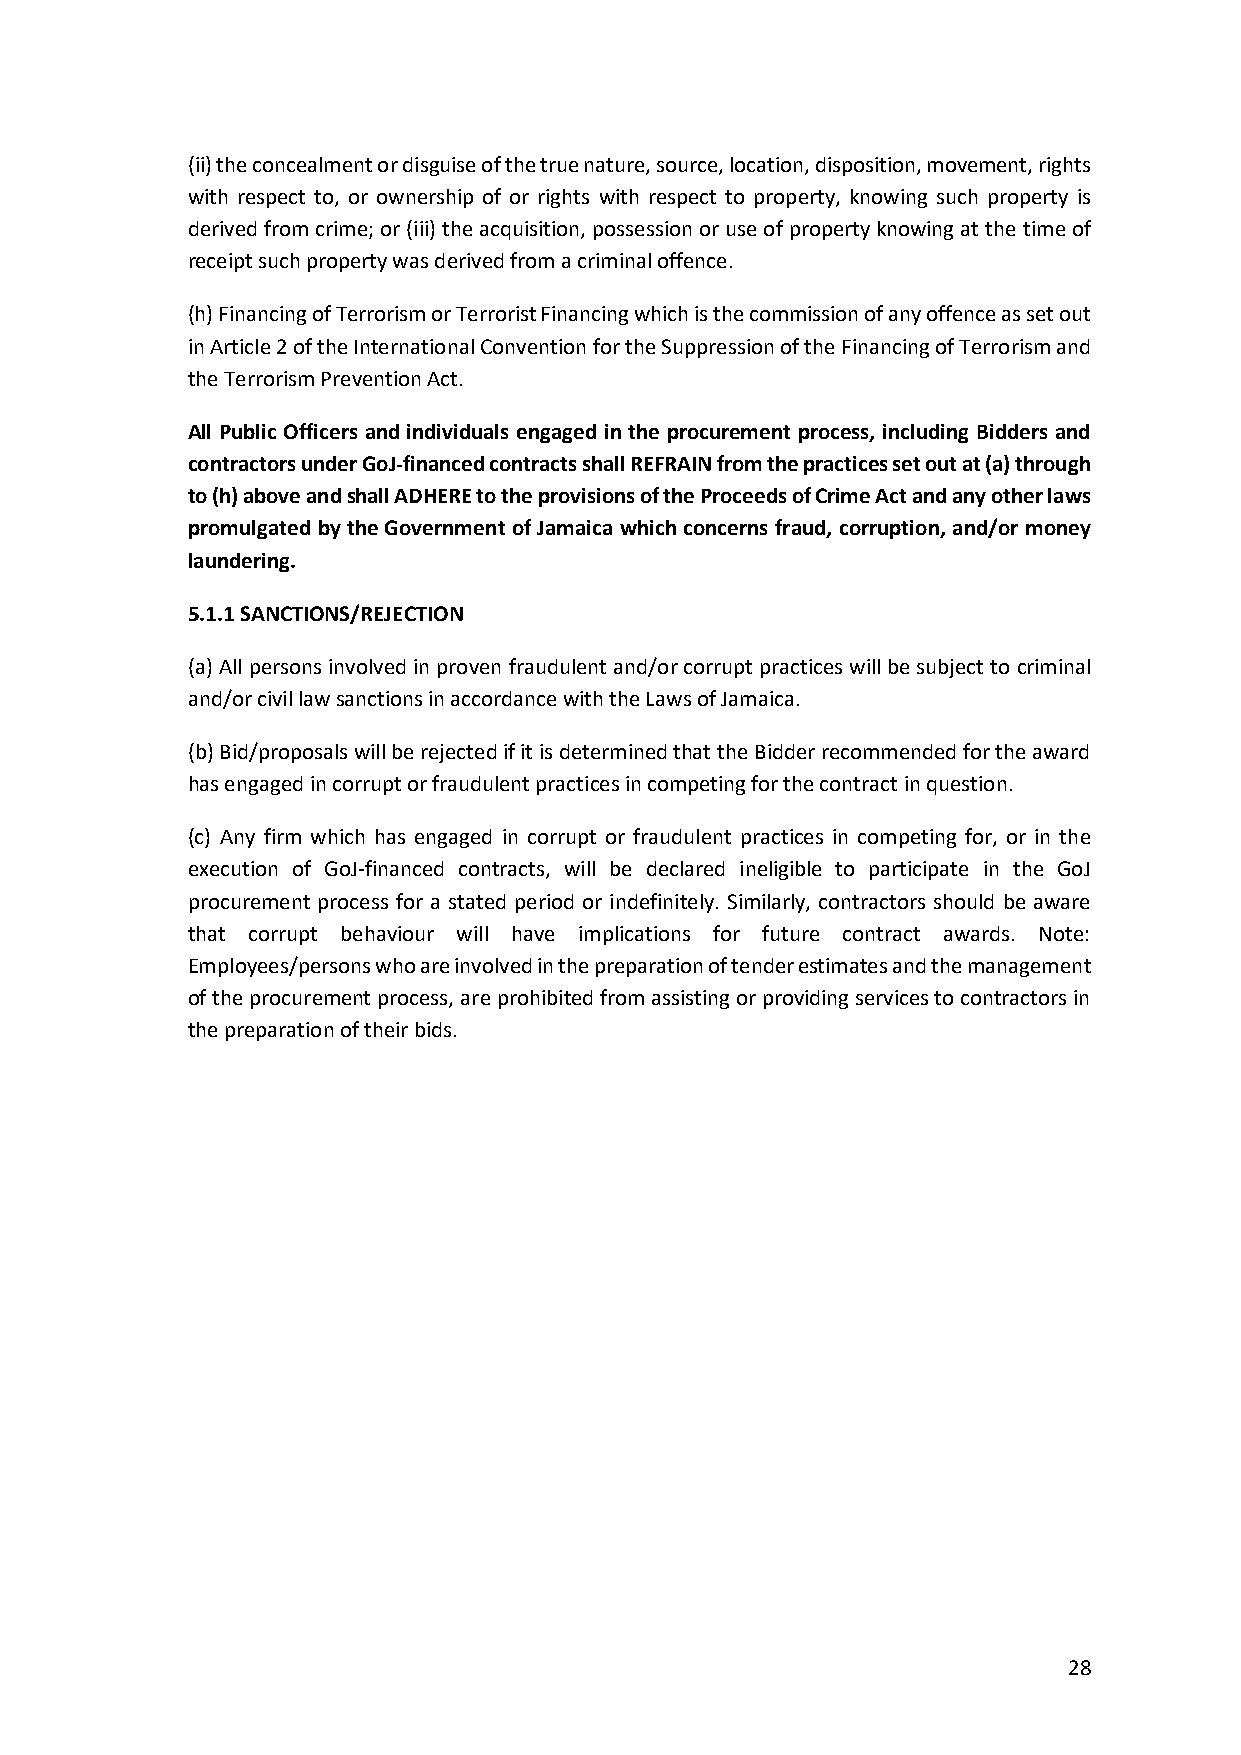
(ii) the concealment or disguise of the true nature, source, location, disposition, movement, rights
 with respect to, or ownership of or rights with respect to property, knowing such property is
 derived from crime; or (iii) the acquisition, possession or use of property knowing at the time of
 receipt such property was derived from a criminal offence.
 (h) Financing of Terrorism or Terrorist Financing which is the commission of any offence as set out
 in Article 2 of the International Convention for the Suppression of the Financing of Terrorism and
 the Terrorism Prevention Act.
 All Public Officers and individuals engaged in the procurement process, including Bidders and
 contractors under GoJ-financed contracts shall REFRAIN from the practices set out at (a) through
 to (h) above and shall ADHERE to the provisions of the Proceeds of Crime Act and any other laws
 promulgated by the Government of Jamaica which concerns fraud, corruption, and/or money
 laundering.
 5.1.1 SANCTIONS/REJECTION
 (a) All persons involved in proven fraudulent and/or corrupt practices will be subject to criminal
 and/or civil law sanctions in accordance with the Laws of Jamaica.
 (b) Bid/proposals will be rejected if it is determined that the Bidder recommended for the award
 has engaged in corrupt or fraudulent practices in competing for the contract in question.
 (c) Any firm which has engaged in corrupt or fraudulent practices in competing for, or in the
 execution of GoJ-financed contracts, will be declared ineligible to participate in the GoJ
 procurement process for a stated period or indefinitely. Similarly, contractors should be aware
 that corrupt behaviour will have implications for future contract awards. Note:
 Employees/persons who are involved in the preparation of tender estimates and the management
 of the procurement process, are prohibited from assisting or providing services to contractors in
 the preparation of their bids.
 28